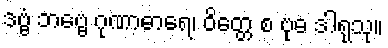
ဒဗ္ဗံ ဘဗ္ဗေ ဂုဏာဓာရေ၊ ဝိတ္တေ စ ဗုဓ ဒါရုသု။